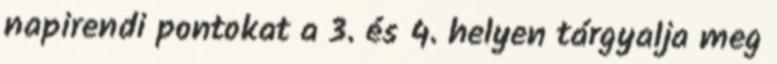
napirendi pontokat a 3. és 4. helyen tárgyalja meg